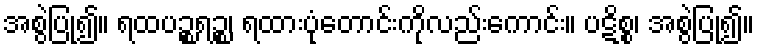
အစွဲပြု၍။ ရထပဉ္စရဉ္စ၊ ရထားပုံတောင်းကိုလည်းကောင်း။ ပဋိစ္စ၊ အစွဲပြု၍။